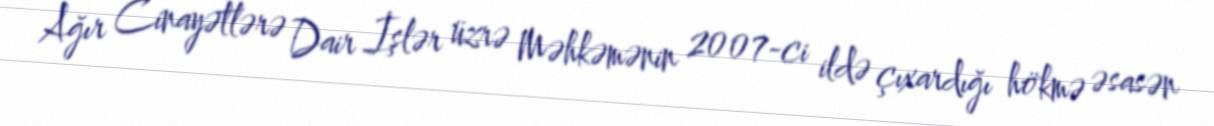
Ağır Cinayətlərə Dair İşlər üzrə Məhkəmənin 2007-ci ildə çıxardığı hökmə əsasən